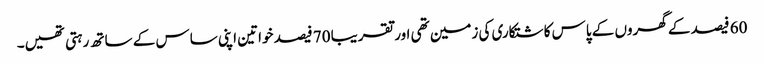
60 فیصد کے گھروں کے پاس کاشتکاری کی زمین تھی اور تقریبا 70 فیصد خواتین اپنی ساس کے ساتھ رہتی تھیں۔